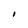
Character: I